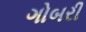
ગોબરી